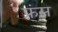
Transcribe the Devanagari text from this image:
फ़्रंस